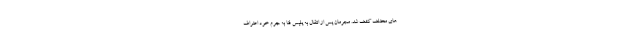
های مختلف کشف شد. مجرمان پس از انتقال به پلیس فتا به جرم خود اعتراف